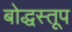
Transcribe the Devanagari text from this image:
बोद्धस्तूप